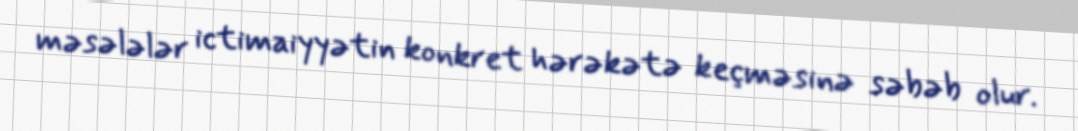
məsələlər ictimaiyyətin konkret hərəkətə keçməsinə səbəb olur.